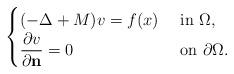
LaTeX: \begin{align*} \begin{cases}(-\Delta + M)v = f(x) & \mbox{ in } \Omega, \\\dfrac{\partial v}{\partial \mathbf{n}} = 0 & \mbox{ on } \partial \Omega.\end{cases}\end{align*}